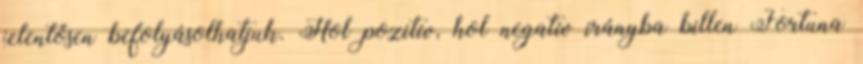
jelentősen befolyásolhatjuk. Hol pozitív, hol negatív irányba billen Fortuna